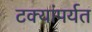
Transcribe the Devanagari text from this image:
टक्यांपर्यत